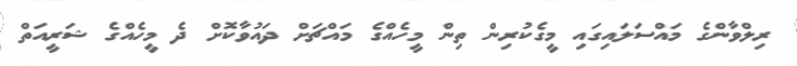
ރިލްވާންގެ މައްސަލައިގައި މީގެކުރިން ތިން މީހެއްގެ މައްޗަށް ދައުވާކޮށް ދެ މީހެއްގެ ޝަރީއަތް